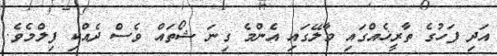
އަދި ފަހުގެ ތާރީޚެއްގައި މާލޭގައި އެންމެ ގިނަ ޝޯތައް ވެސް ދެއްކި ފިލްމެވެ.